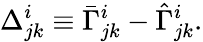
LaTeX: \Delta_{jk}^{i}\equiv\bar{\Gamma}_{jk}^{i}-\hat{\Gamma}_{jk}^{i}.